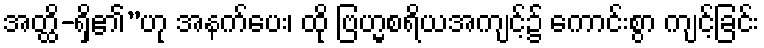
အတ္ထိ-ရှိ၏”ဟု အနက်ပေး၊ ထို ဗြဟ္မစရိယအကျင့်၌ ကောင်းစွာ ကျင့်ခြင်း